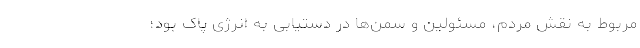
مربوط به نقش مردم، مسئولین و سمن‌ها در دستیابی به انرژی پاک بود؛